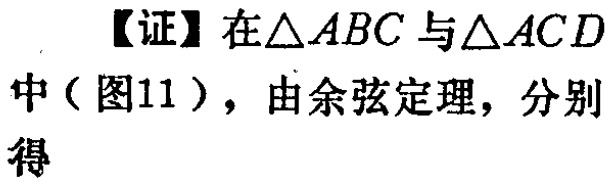
【证】在\(\triangle ABC\)与\(\triangle ACD\)中（图11），由余弦定理，分别得